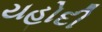
યહોદી